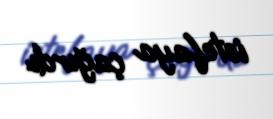
istefaya çağırdı.